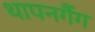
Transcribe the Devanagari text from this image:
थापनगैंग